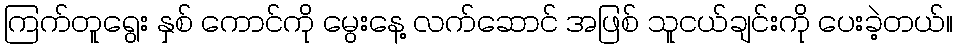
ကြက်တူရွေး နှစ် ကောင်ကို မွေးနေ့ လက်ဆောင် အဖြစ် သူငယ်ချင်းကို ပေးခဲ့တယ်။